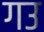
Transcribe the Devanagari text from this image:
गउ